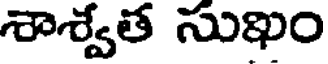
శాశ్వేత సుఖం